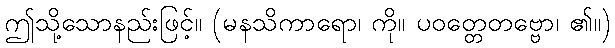
ဤသို့သောနည်းဖြင့်။ (မနသိကာရော၊ ကို။ ပဝတ္တေတဗ္ဗော၊ ၏။)